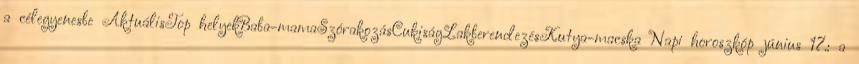
a célegyenesbe AktuálisTop helyekBaba-mamaSzórakozásCukiságLakberendezésKutya-macska Napi horoszkóp június 17.: a